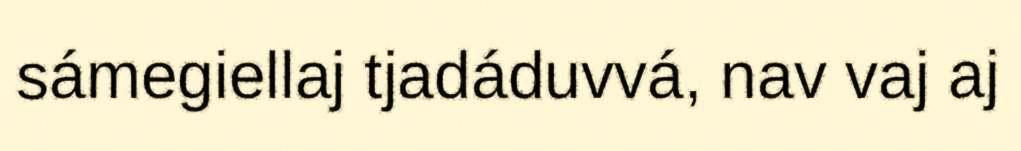
sámegiellaj tjadáduvvá, nav vaj aj